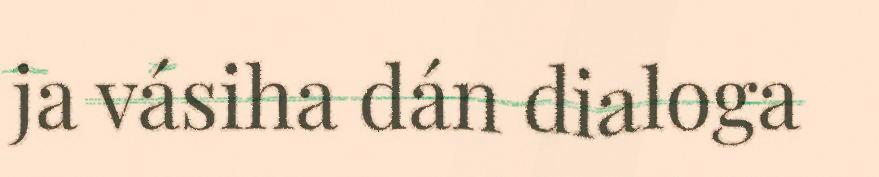
ja vásiha dán dialoga